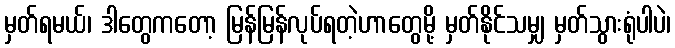
မှတ်ရမယ်၊ ဒါတွေကတော့ မြန်မြန်လုပ်ရတဲ့ဟာတွေမို့ မှတ်နိုင်သမျှ မှတ်သွားရုံပါပဲ၊